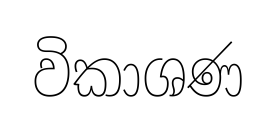
විකාශණ